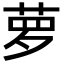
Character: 萝